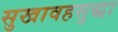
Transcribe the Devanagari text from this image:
सुखावहसुद्धा